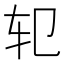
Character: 𰹱